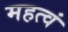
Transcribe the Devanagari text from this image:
महत्वं